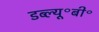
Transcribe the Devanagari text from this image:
डब्ल्यू॰बी॰